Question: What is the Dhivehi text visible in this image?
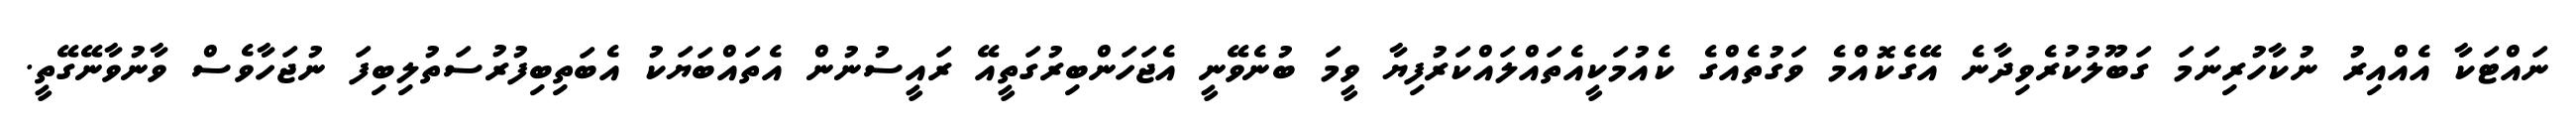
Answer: ނައްޓަކާ އެއްއިރު ނުކާހުރިނަމަ ގަބޫލުކުރެވިދާނެ އޭގެކޮއްމެ ވަގުތެއްގެ ކެއުމަކީއެތައްލައްކަރުފިޔާ ވީމަ ބުނެވޭނީ އެޖަހަންބިރުގަތީއޭ ރައީސުނުން އެތައްބަޔަކު އެބަތިބިފުރުސަތުލިބިފަ ނުޖަހާވެސް ވާނުވާނޭގޭތީ.